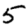
Digit: 5